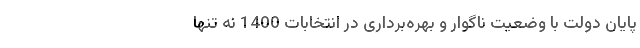
پایان دولت با وضعیت ناگوار و بهره‌برداری در انتخابات 1400 نه تنها